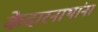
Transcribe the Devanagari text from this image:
केदारनाथांना